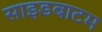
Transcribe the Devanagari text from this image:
साइडबाटम